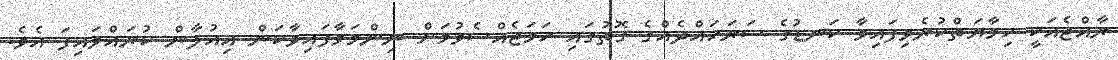
ރާއްޖެއަކީ ހިމާޔަތްކުރެވިފައިވާ ކަނޑުގެ ސަރަހައްދެއްގެ ގޮތުގައި ހަމަޖެއްސެވުމަށް ނިންމަވާފައިވާކަން އިއުލާން ކުރައްވައިފަ އެވެ.